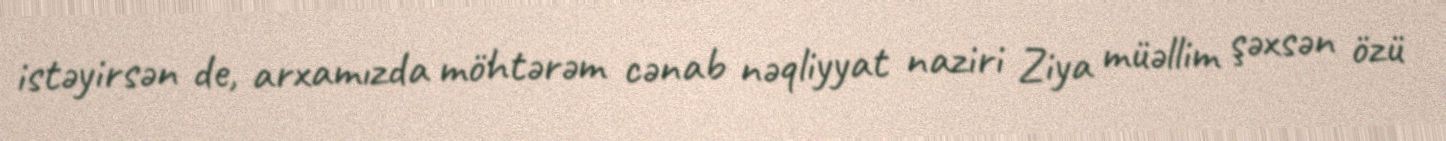
istəyirsən de, arxamızda möhtərəm cənab nəqliyyat naziri Ziya müəllim şəxsən özü